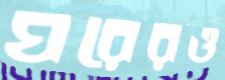
ঘরেরও